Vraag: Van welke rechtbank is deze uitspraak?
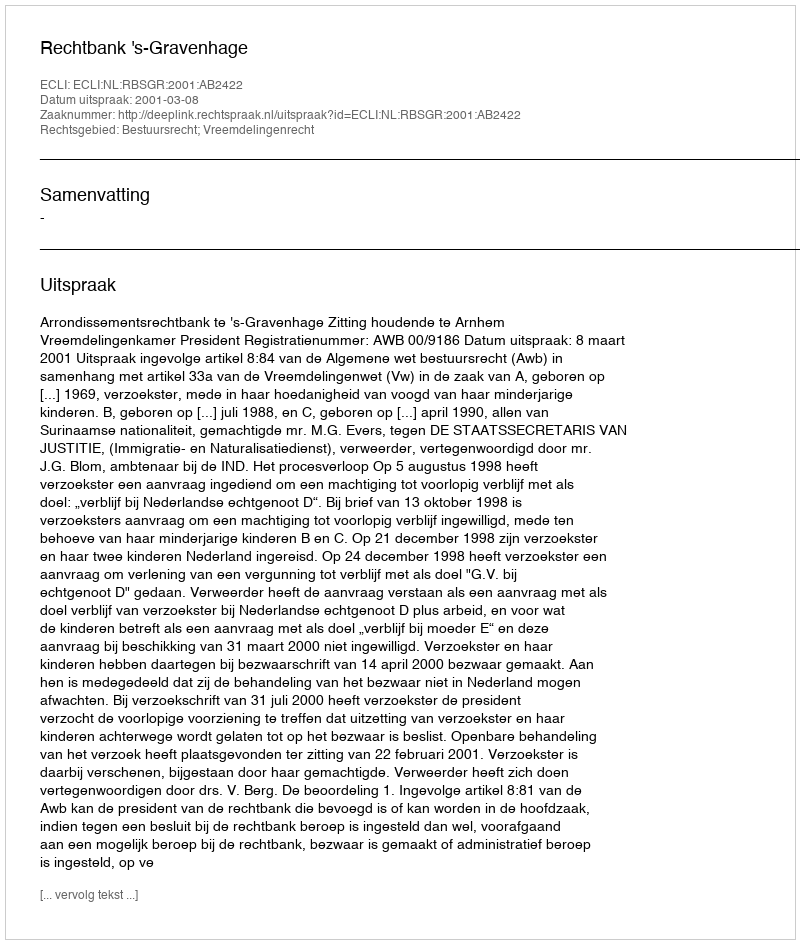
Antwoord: Rechtbank 's-Gravenhage